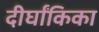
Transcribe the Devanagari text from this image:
दीर्घांकिका